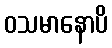
ဝသမာနောပိ